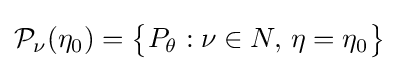
{\mathcal {P}}_{\nu }(\eta _{0})={\big \{}P_{\theta }:\nu \in N,\,\eta =\eta _{0}{\big \}}